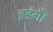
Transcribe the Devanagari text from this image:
इडंगै।